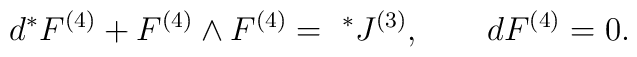
d{}^* F^{(4)}+F^{(4)}\wedge F^{(4)}={~}^*J^{(3)},\qquad  d{}F^{(4)}=0.